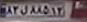
۸۳ق۸۸۵۱۳